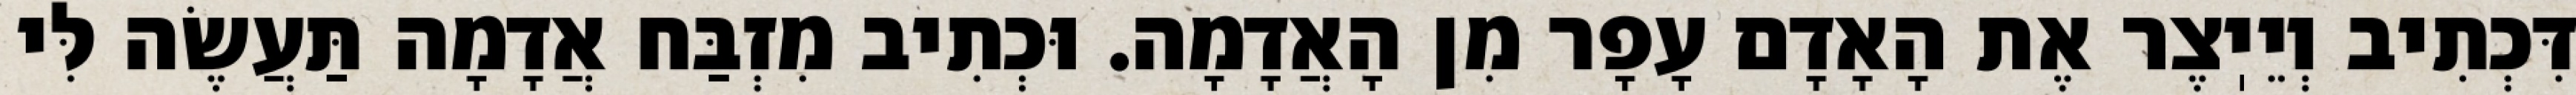
דִּכְתִיב וְיֵיֽצֶר אֶת הָאָדָם עָפָר מִן הָאֲדָמָה. וּכְתִיב מִזְבַּח אֲדָמָה תַּעֲשֶׂה לִּי